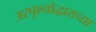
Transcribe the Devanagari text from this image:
अस्पृश्योद्धाराच्या